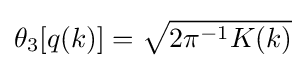
\theta _{3}[q(k)]={\sqrt {2\pi ^{-1}K(k)}}